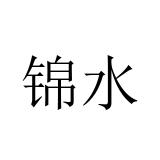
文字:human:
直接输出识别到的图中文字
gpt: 锦水